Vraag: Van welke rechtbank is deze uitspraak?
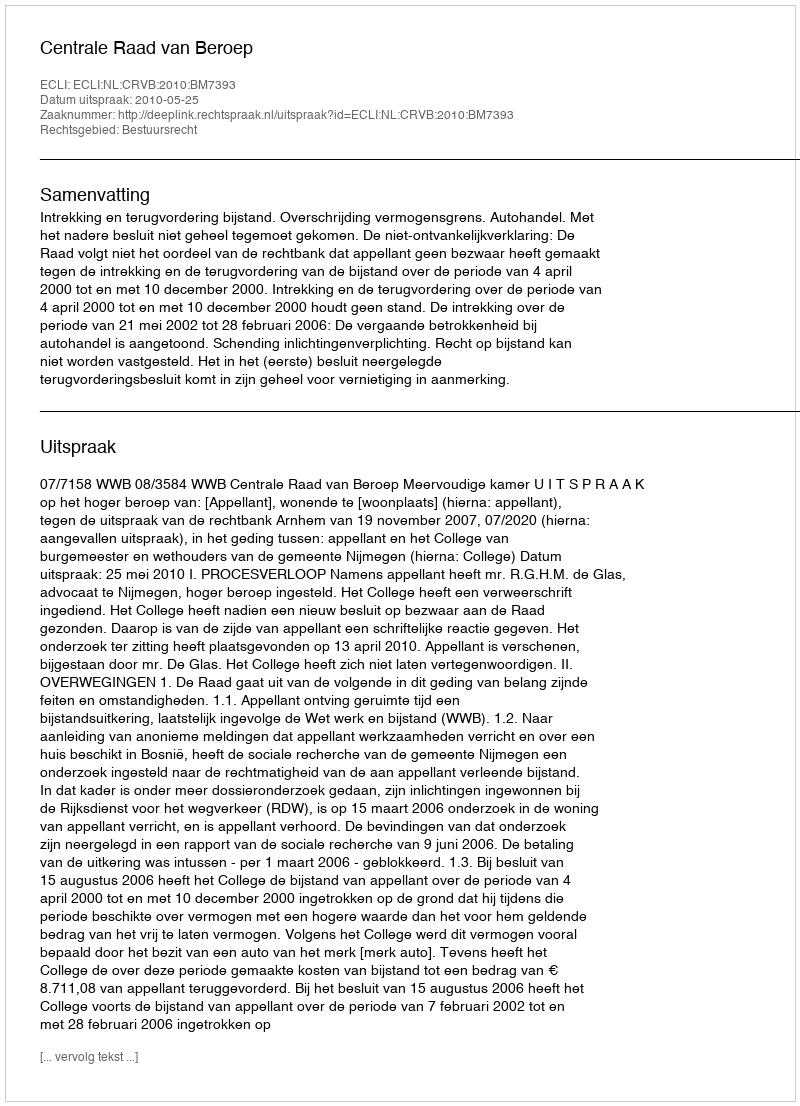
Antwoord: Centrale Raad van Beroep